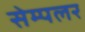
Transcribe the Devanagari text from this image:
सेम्पलर